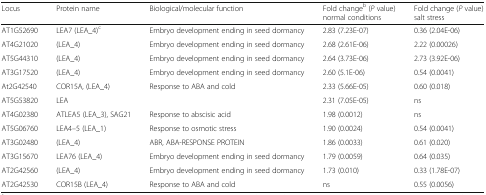
| Locus | Protein name | Biological/molecular function | Fold changeb (P value) normal conditions | Fold change (P value) salt stress |
 | --- | --- | --- | --- | --- |
 | AT1G52690 | LEA7 (LEA_4)c | Embryo development ending in seed dormancy | 2.83 (7.23E-07) | 0.36 (2.04E-06) |
 | AT4G21020 | (LEA_4) | Embryo development ending in seed dormancy | 2.68 (2.61E-06) | 2.22 (0.00026) |
 | AT5G44310 | (LEA_4) | Embryo development ending in seed dormancy | 2.64 (3.73E-06) | 2.73 (3.92E-06) |
 | AT3G17520 | (LEA_4) | Embryo development ending in seed dormancy | 2.60 (5.1E-06) | 0.54 (0.0041) |
 | At2G42540 | COR15A, (LEA_4) | Response to ABA and cold | 2.33 (5.66E-05) | 0.60 (0.018) |
 | AT5G53820 | LEA |  | 2.31 (7.05E-05) | ns |
 | AT4G02380 | ATLEA5 (LEA_3), SAG21 | Response to abscisic acid | 1.98 (0.0012) | ns |
 | AT5G06760 | LEA4–5 (LEA_1) | Response to osmotic stress | 1.90 (0.0024) | 0.54 (0.0041) |
 | AT3G02480 | (LEA_4) | ABR, ABA-RESPONSE PROTEIN | 1.86 (0.0033) | 0.61 (0.020) |
 | AT3G15670 | LEA76 (LEA_4) | Embryo development ending in seed dormancy | 1.79 (0.0059) | 0.64 (0.035) |
 | AT2G42560 | (LEA_4) | Embryo development ending in seed dormancy | 1.73 (0.010) | 0.33 (1.78E-07) |
 | AT2G42530 | COR15B (LEA_4) | Response to ABA and cold | ns | 0.55 (0.0056) |